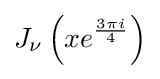
J_{\nu }\left(xe^{\frac {3\pi i}{4}}\right)